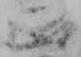
正